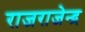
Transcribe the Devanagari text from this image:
राजराजेन्द्र